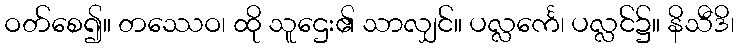
ဝတ်စေ၍။ တဿေဝ၊ ထို သူဌေး၏ သာလျှင်။ ပလ္လင်္ကေ၊ ပလ္လင်၌။ နိသီဒိ၊